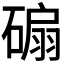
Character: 𥔱